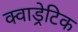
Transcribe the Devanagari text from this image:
क्वाड्रेटिक